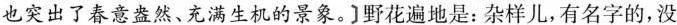
也突出了春意盎然、充满生机的景象]。野花遍地是:杂样儿,有名字的,没